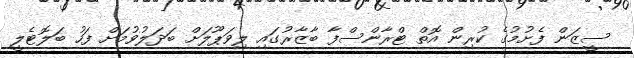
ސީޒަން ފެށުމުގެ ކުރިން އޮތް ޓްރާންސްފާ ބާޒާރުގައި ލިވަޕޫލަށް ބަދަލުވުމަށް ފަހު ބަލޮޓެލީ